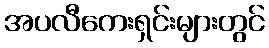
အပလီကေးရှင်းများတွင်